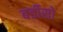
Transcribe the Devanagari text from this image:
बर्डीसो